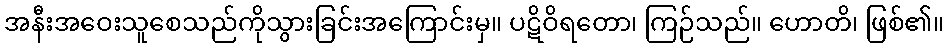
အနီးအဝေးသူစေသည်ကိုသွားခြင်းအကြောင်းမှ။ ပဋိဝိရတော၊ ကြဉ်သည်။ ဟောတိ၊ ဖြစ်၏။